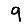
Digit: 9